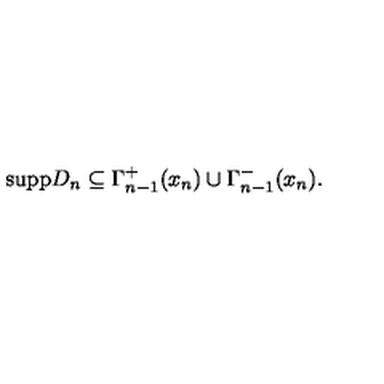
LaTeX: \mathrm { s u p p } D _ { n } \subseteq \Gamma _ { n - 1 } ^ { + } ( x _ { n } ) \cup \Gamma _ { n - 1 } ^ { - } ( x _ { n } ) .